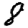
Digit: 8